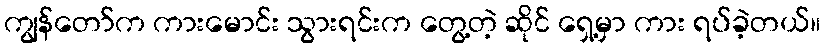
ကျွန်တော်က ကားမောင်း သွားရင်းက တွေ့တဲ့ ဆိုင် ရှေ့မှာ ကား ရပ်ခဲ့တယ်။